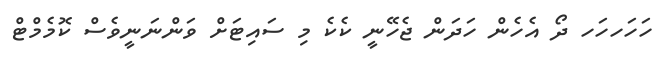
ހަހަހހަހ ދޯ އެހެން ހަދަން ޖެހޭނީ ކެކެ މި ސައިޓަށް ވަންނަނީވެސް ކޮމެމްޓް